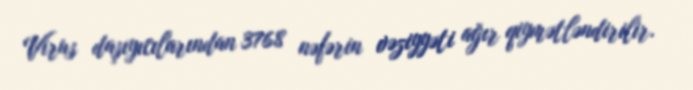
Virus daşıyıcılarından 3768 nəfərin vəziyyəti ağır qiymətləndirilir.